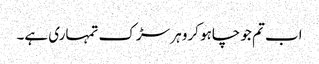
اب تم جو چاہو کرو ہر سڑک تمہاری ہے۔